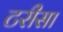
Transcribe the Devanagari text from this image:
टरीसा